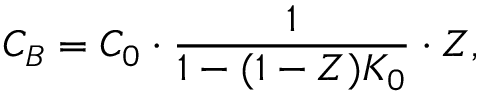
C _ { B } = C _ { 0 } \cdot \frac { 1 } { 1 - ( 1 - Z ) K _ { 0 } } \cdot Z ,